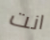
انت